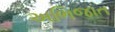
અભિજાત